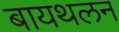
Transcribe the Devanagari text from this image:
बायथलन